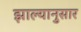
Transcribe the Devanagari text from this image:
झाल्यानुसार